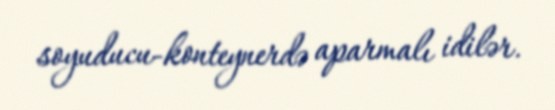
soyuducu-konteynerdə aparmalı idilər.